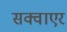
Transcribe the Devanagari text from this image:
सक्वाएर